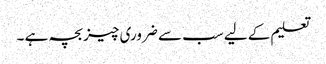
تعلیم کے لیے سب سے ضروری چیز بچہ ہے ۔